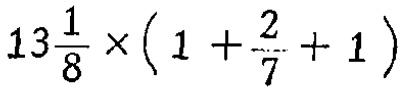
$13\frac{1}{8} \times (1 + \frac{2}{7} + 1 )$